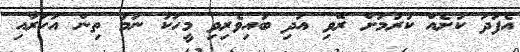
އެފަދަ ކުށެއް ކުރުމަށް ރޭވި އަދި ބައިވެރިވި މީހަކު ނަމަ ތިން އަހަރާއި